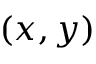
( x , y )